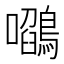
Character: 𭌻